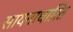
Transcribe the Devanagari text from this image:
सायनाधारित